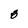
Character: O